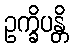
ဥက္ခိပန္တိ